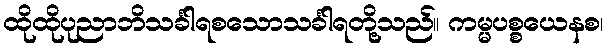
ထိုထိုပုညာဘိသင်္ခါရစသောသင်္ခါရတို့သည်။ ကမ္မပစ္စယေနစ၊